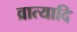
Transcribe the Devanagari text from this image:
व्रात्यादि